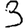
Digit: 3